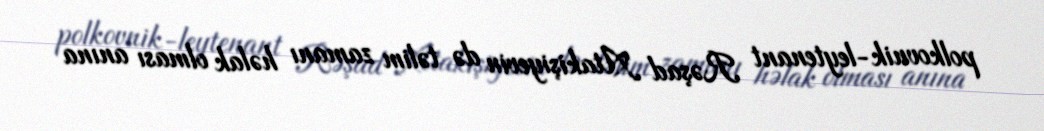
polkovnik-leytenant Rəşad Atakişiyevin də təlim zamanı həlak olması anına